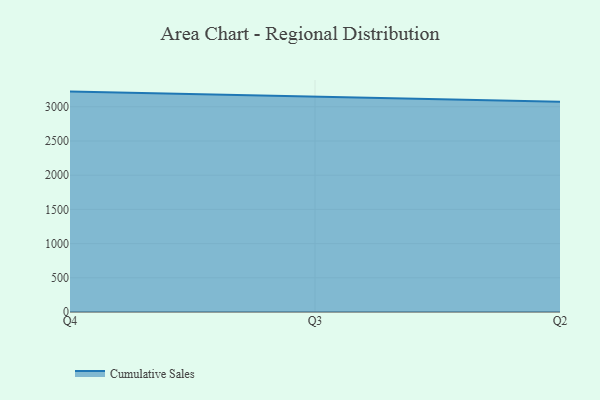
{"axis": {"x": "Quarter", "y": "Headcount"}, "legend": ["Cumulative Sales"], "data": [{"x": "Q4", "y": 3222.0, "type": "Cumulative Sales"}, {"x": "Q3", "y": 3151.6, "type": "Cumulative Sales"}, {"x": "Q2", "y": 3072.8, "type": "Cumulative Sales"}]}